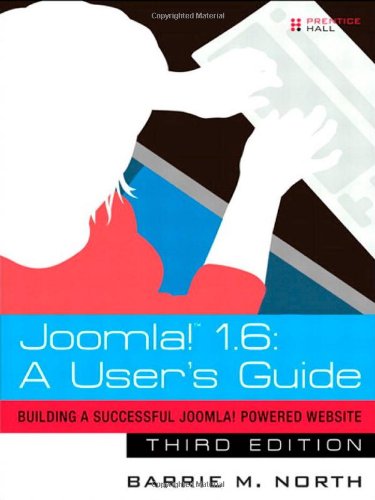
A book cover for Joomla! 1.6: A User's Guide: Building a Successful Joomla! Powered Website (3rd Edition); Barrie M. North; Computers & Technology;